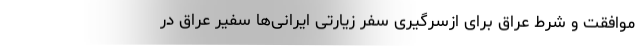
موافقت و شرط عراق برای ازسرگیری سفر زیارتی ایرانی‌ها سفیر عراق در